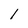
Character: 1